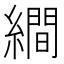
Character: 𦅘